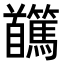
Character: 𩠸